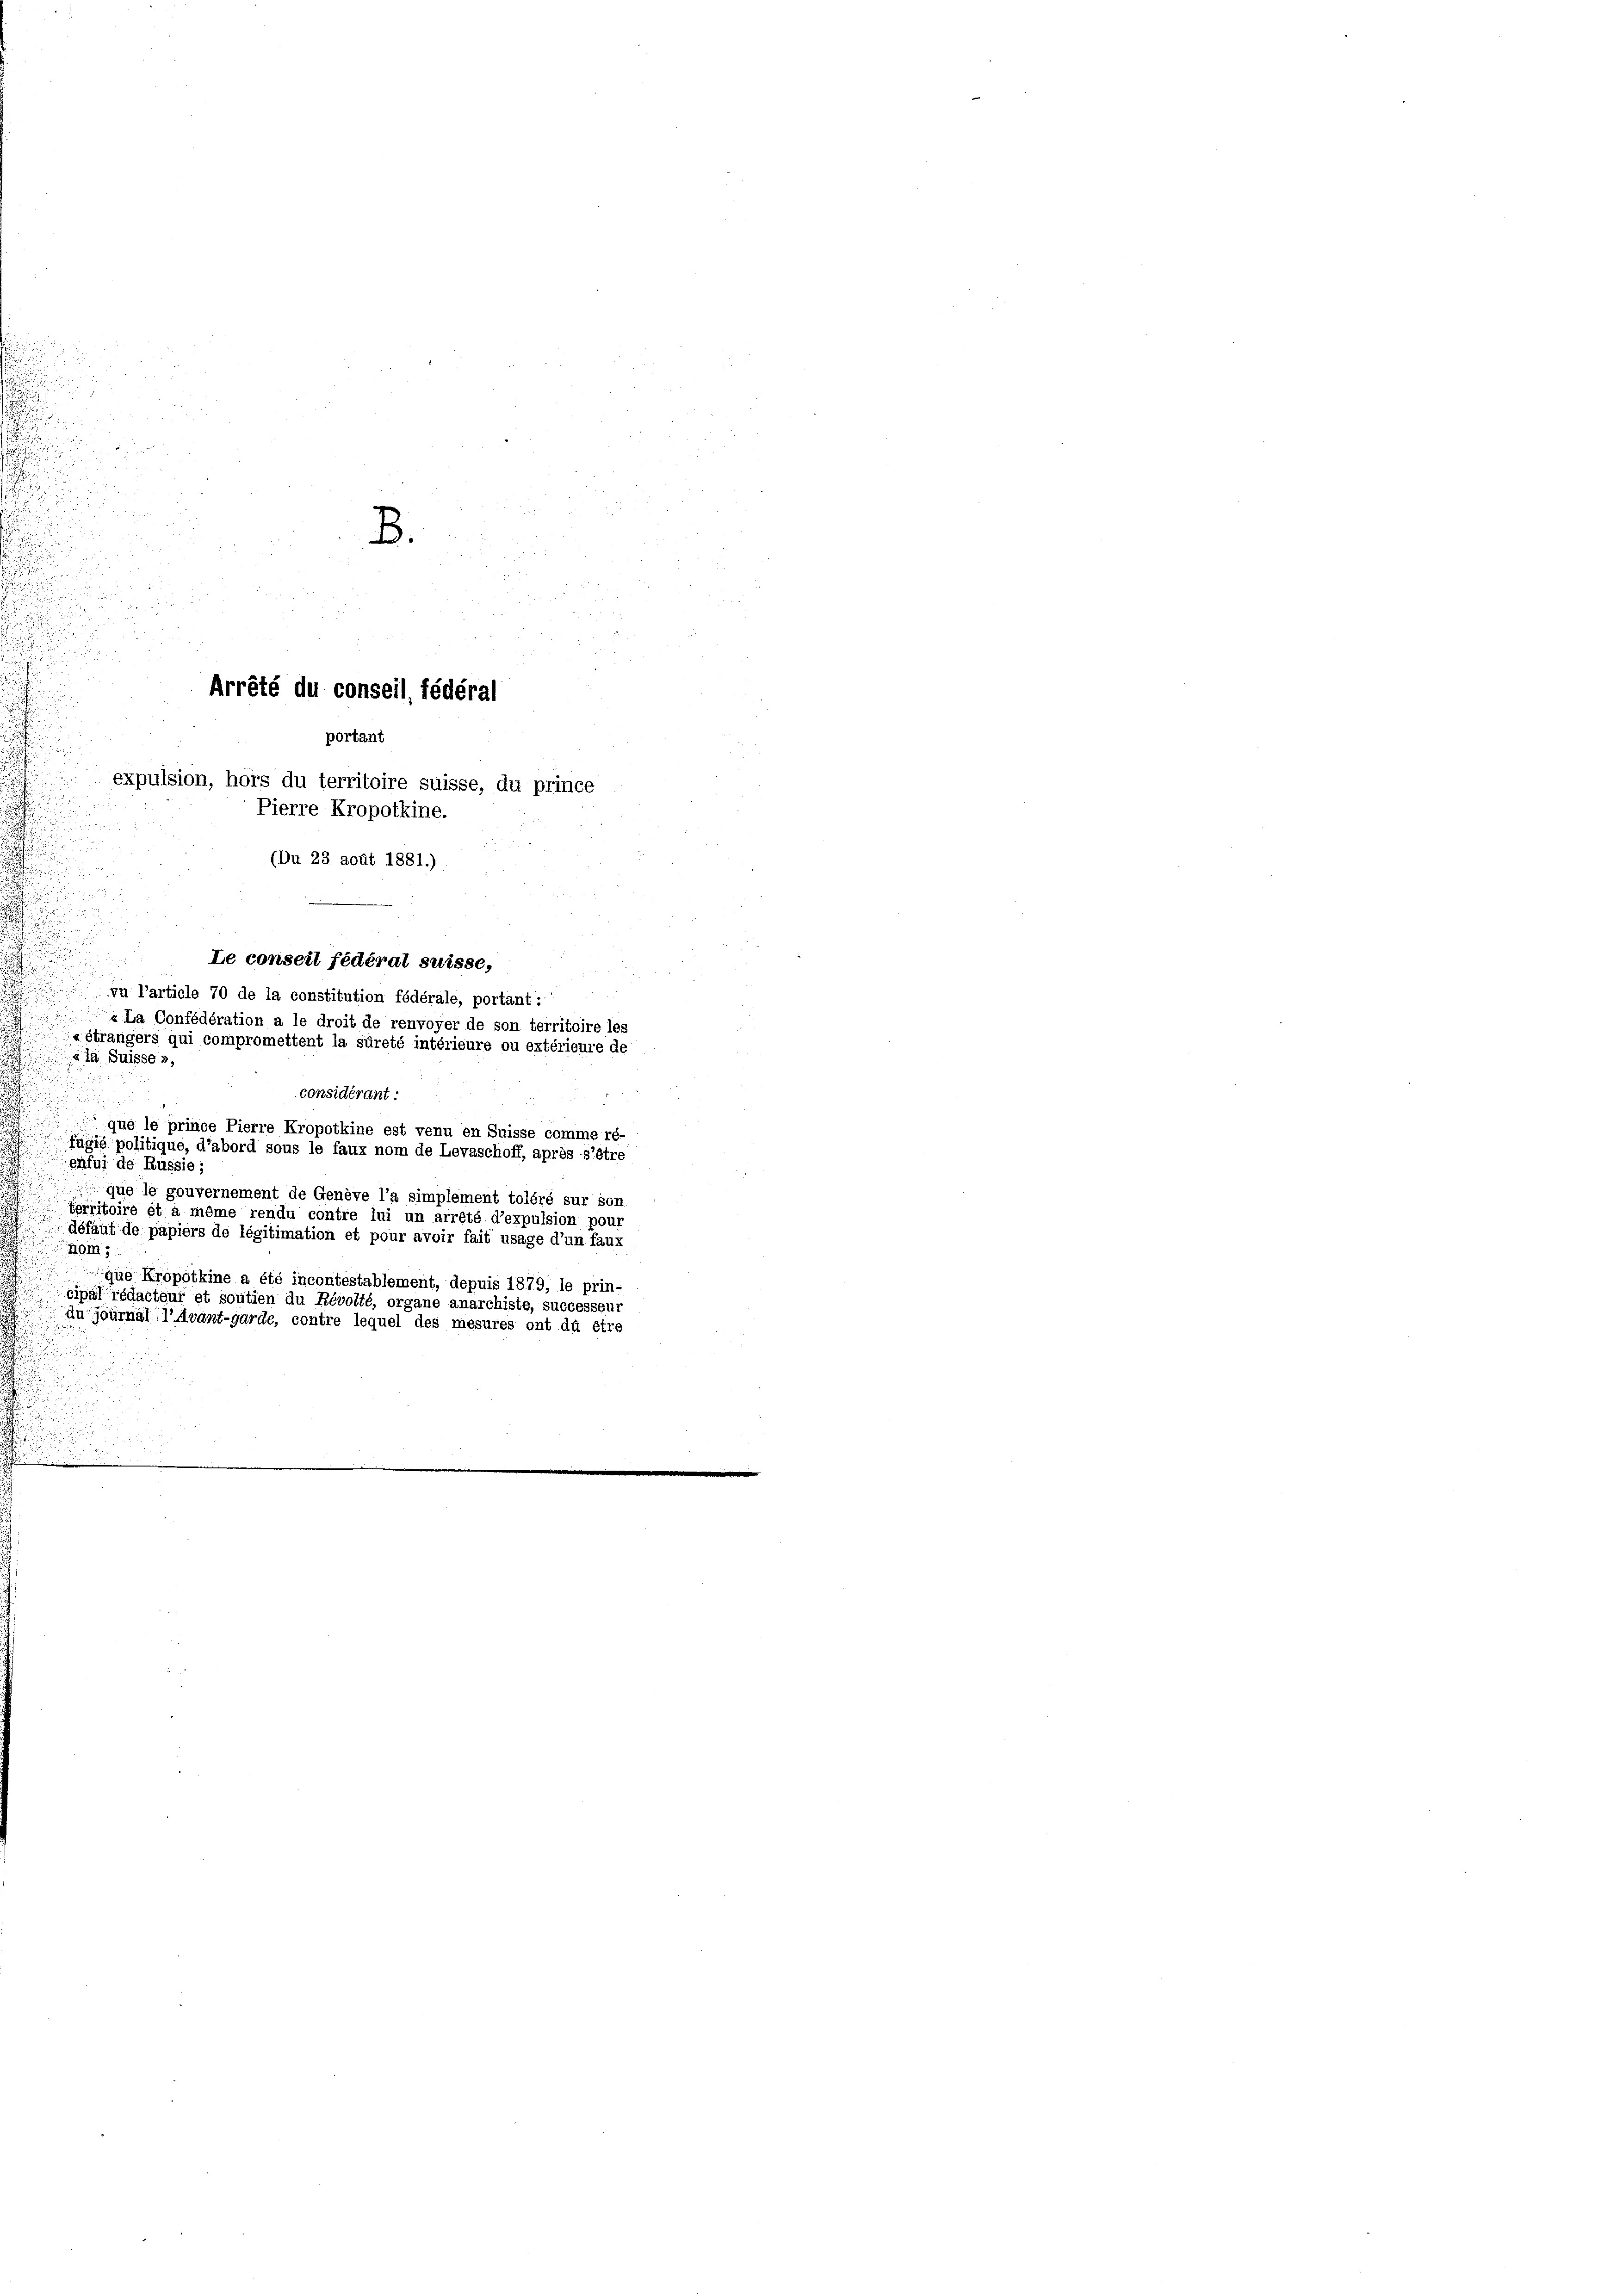
u

.

u

B.

n
Arrété du conseil, fédéral
portant

expulsion, hors du territoire suisse, du prince
Pierre Kropotkine.
(Du 23 août 1881.)

u
i
u
considérant:
que le prince Pierre Kropotkine est venu en Suisse comme ré-
fägie politique, d’abord sous le faux nom de Levaschoff, après s’être
enfui de Russie;
que le gouvernement de Genève l’a simplement toléré sur son
territoire et a même rendu contre lui un arrêté d’expulsion pour
défaut de papiers de légitimation et pour avoir fait usage d’un faux
Hom,
que Kropotkine a été incontestablement, depuis 1879, le prin-
cipal rédacteur et soutien du Révolté, organe anarchiste, successen,
du journal l’avant-garde, contre lequel des mesures ont dû être

Le conseil fédéral suisse,
vu l’article 70 de la constitution fédérale, portant:

15. d.
La Confédération a le droit de renvoyer de son territoire les
«étrangers qui compromettent la sûreté intérieure ou extérieure de
ula Suisse 3,